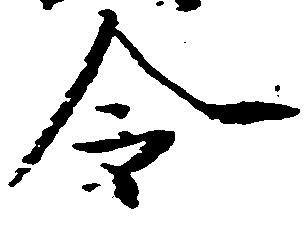
令